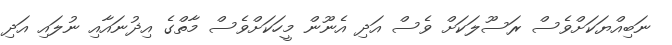
ނަބިއްޔަކަށްވެސް ރަސޫލަކަށް ވެސް އަދި އެނޫން މީހަކަށްވެސް މާތްގެ އިޛުނައާއި ނުލައި އަދި